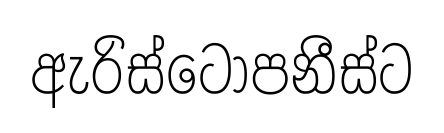
ඇරිස්ටෝපනීස්ට